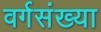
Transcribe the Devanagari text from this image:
वर्गसंख्या